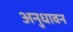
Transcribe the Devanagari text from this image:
अनुधावन